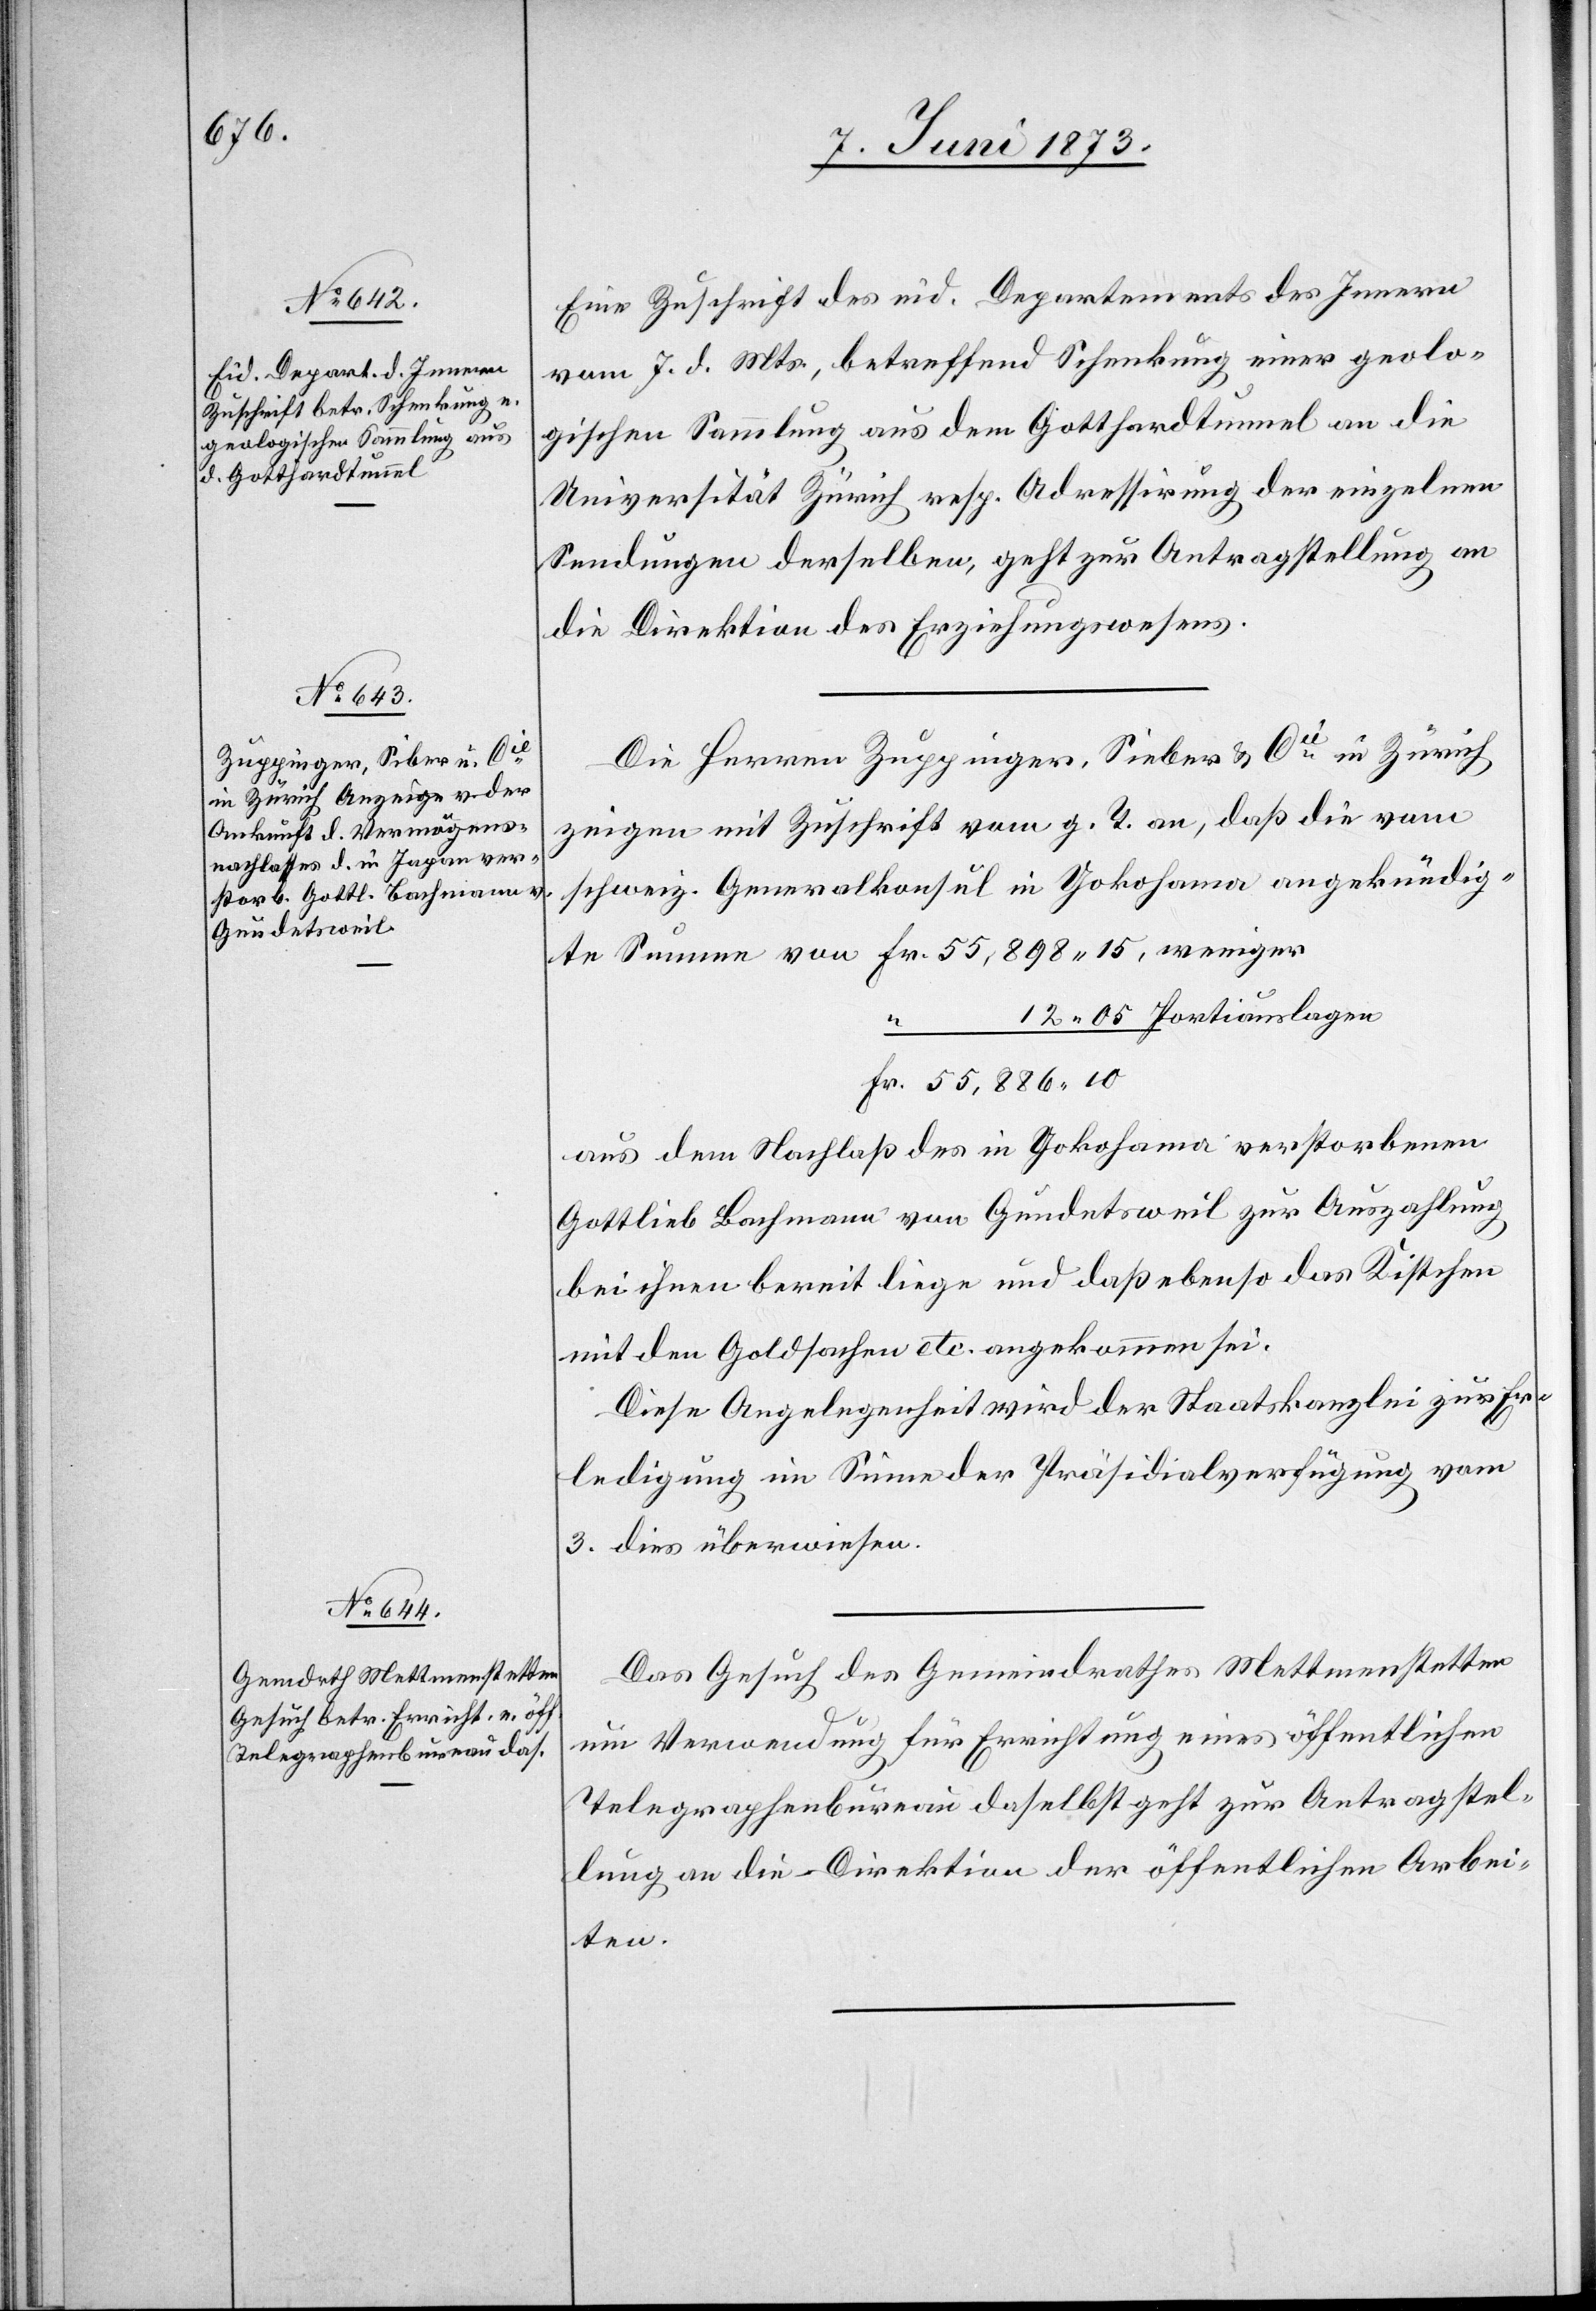
10. Juni 1873.]
Eine Zuschrift des eid. Departements des Innern
vom 7. d. Mts., betreffend Schenkung einer geolo¬
gischen Sammlung aus dem Gotthardtunnel an die
Universität Zürich resp. Adressirung der einzelnen
Sendungen derselben, geht zur Antragstellung an
die Direktion des Erziehungswesens.
Die Herren Zuppinger, Sieber & Cie in Zürich
zeigen mit Zuschrift vom g. T. an, daß die vom
schweiz. Generalkonsul in Yokohama angekündigte
aus dem Nachlaß des in Yokohama verstorbenen
Gottlieb Bachmann von Gundetsweil zur Auszahlung
bei ihnen bereit liege und daß ebenso das Kistchen
mit den Goldsachen etc. angekommen sei.
Diese Angelegenheit wird der Staatskanzlei zur Er¬
ledigung im Sinne der Präsidialverfügung vom
3. dies überwiesen.
Das Gesuch des Gemeindrathes Mettmenstetten
um Verwendung für Errichtung eines öffentlichen
Telegraphenbureau daselbst geht zur Antragstel¬
lung an die Direktion der öffentlichen Arbei¬
ten.